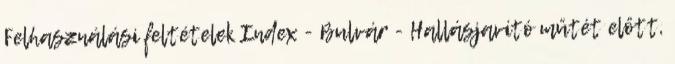
Felhasználási feltételek Index - Bulvár - Hallásjavító műtét előtt,